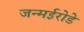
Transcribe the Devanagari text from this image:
जन्मईरोडे